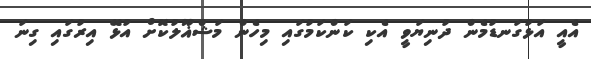
އެއީ އަޅުގަނޑުމެން ދުނިޔަވީ އެކި ކަންކަމުގައި މިހެން މަޝްޣޫލުކޮށް އުޅޭ އިރުގައި ގިނަ